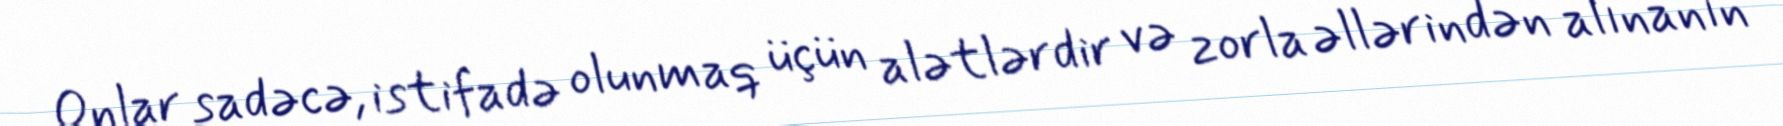
Onlar sadəcə, istifadə olunmaq üçün alətlərdir və zorla əllərindən alınanın